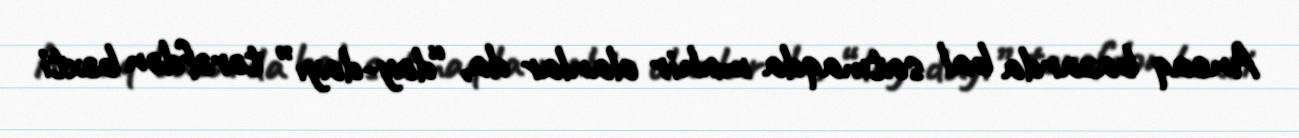
Ancaq bazarda bal satmaqda mahir olanlar da, “day-dayı” tərəfdən bəxti